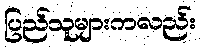
ပြည်သူများကလည်း